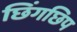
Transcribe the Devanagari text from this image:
छिंगछिप